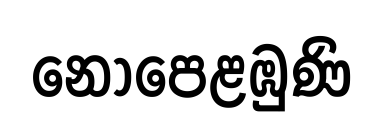
නොපෙළඹුණි